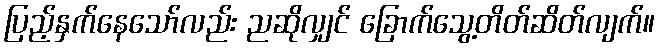
ပြည့်နှက်နေသော်လည်း ညဆိုလျှင် ခြောက်သွေ့တိတ်ဆိတ်လျက်။